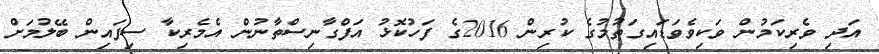
އަދި ވެރިކަމުން ވަކިވެވަޑައިގަތުމުގެ ކުރިން 2016ގެ ފަހުކޮޅު އަފްގާނިސްތާނުން އެމެރިކާ ސިފައިން ބޭލުމަށް